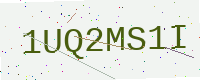
Text: 1UQ2MS1I